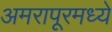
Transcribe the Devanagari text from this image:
अमरापूरमध्ये